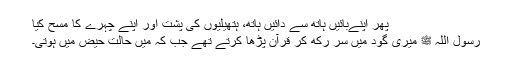
پھر اپنےبائیں ہاتھ سے دائیں ہاتھ، ہتھیلیوں کی پشت اور اپنے چہرے کا مسح کیا
رسول اللہ ﷺ میری گود میں سر رکھ کر قرآن پڑھا کرتے تھے جب کہ میں حالت حیض میں ہوتی۔